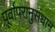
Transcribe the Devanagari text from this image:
पूर्वापरानुसंधान